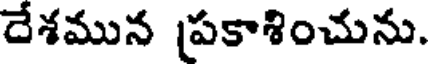
దేశమున ప్రకాశించును.